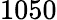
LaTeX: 1050